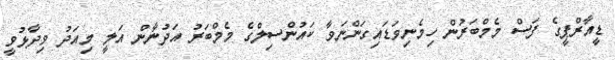
ޑީއާރްޕީގެ ފަސް މެމްބަރުން ހިމެނިވަޑައިގަންނަވާ ކައުންސިލްގެ މެމްބަރު އަދުނާން އަލީ މިއަދު ވިދާޅުވީ